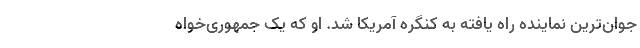
جوان‌ترین نماینده راه یافته به کنگره آمریکا شد. او که یک جمهوری‌خواه